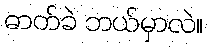
ဓာတ်ခဲ ဘယ်မှာလဲ။